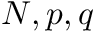
N , p , q